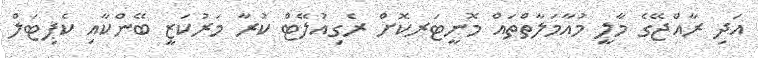
އަދި ރާއްޖޭގެ މާލީ މުއާމަލާތްތައް މޮނީޓަރކޮށް ރެގިއުލޭޓް ކުރާ މަރުކަޒީ ބޭންކާއި ކެޕިޓަލް